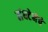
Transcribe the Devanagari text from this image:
संघटेनेचे